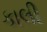
કાલી